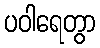
ပဝါရေတွာ